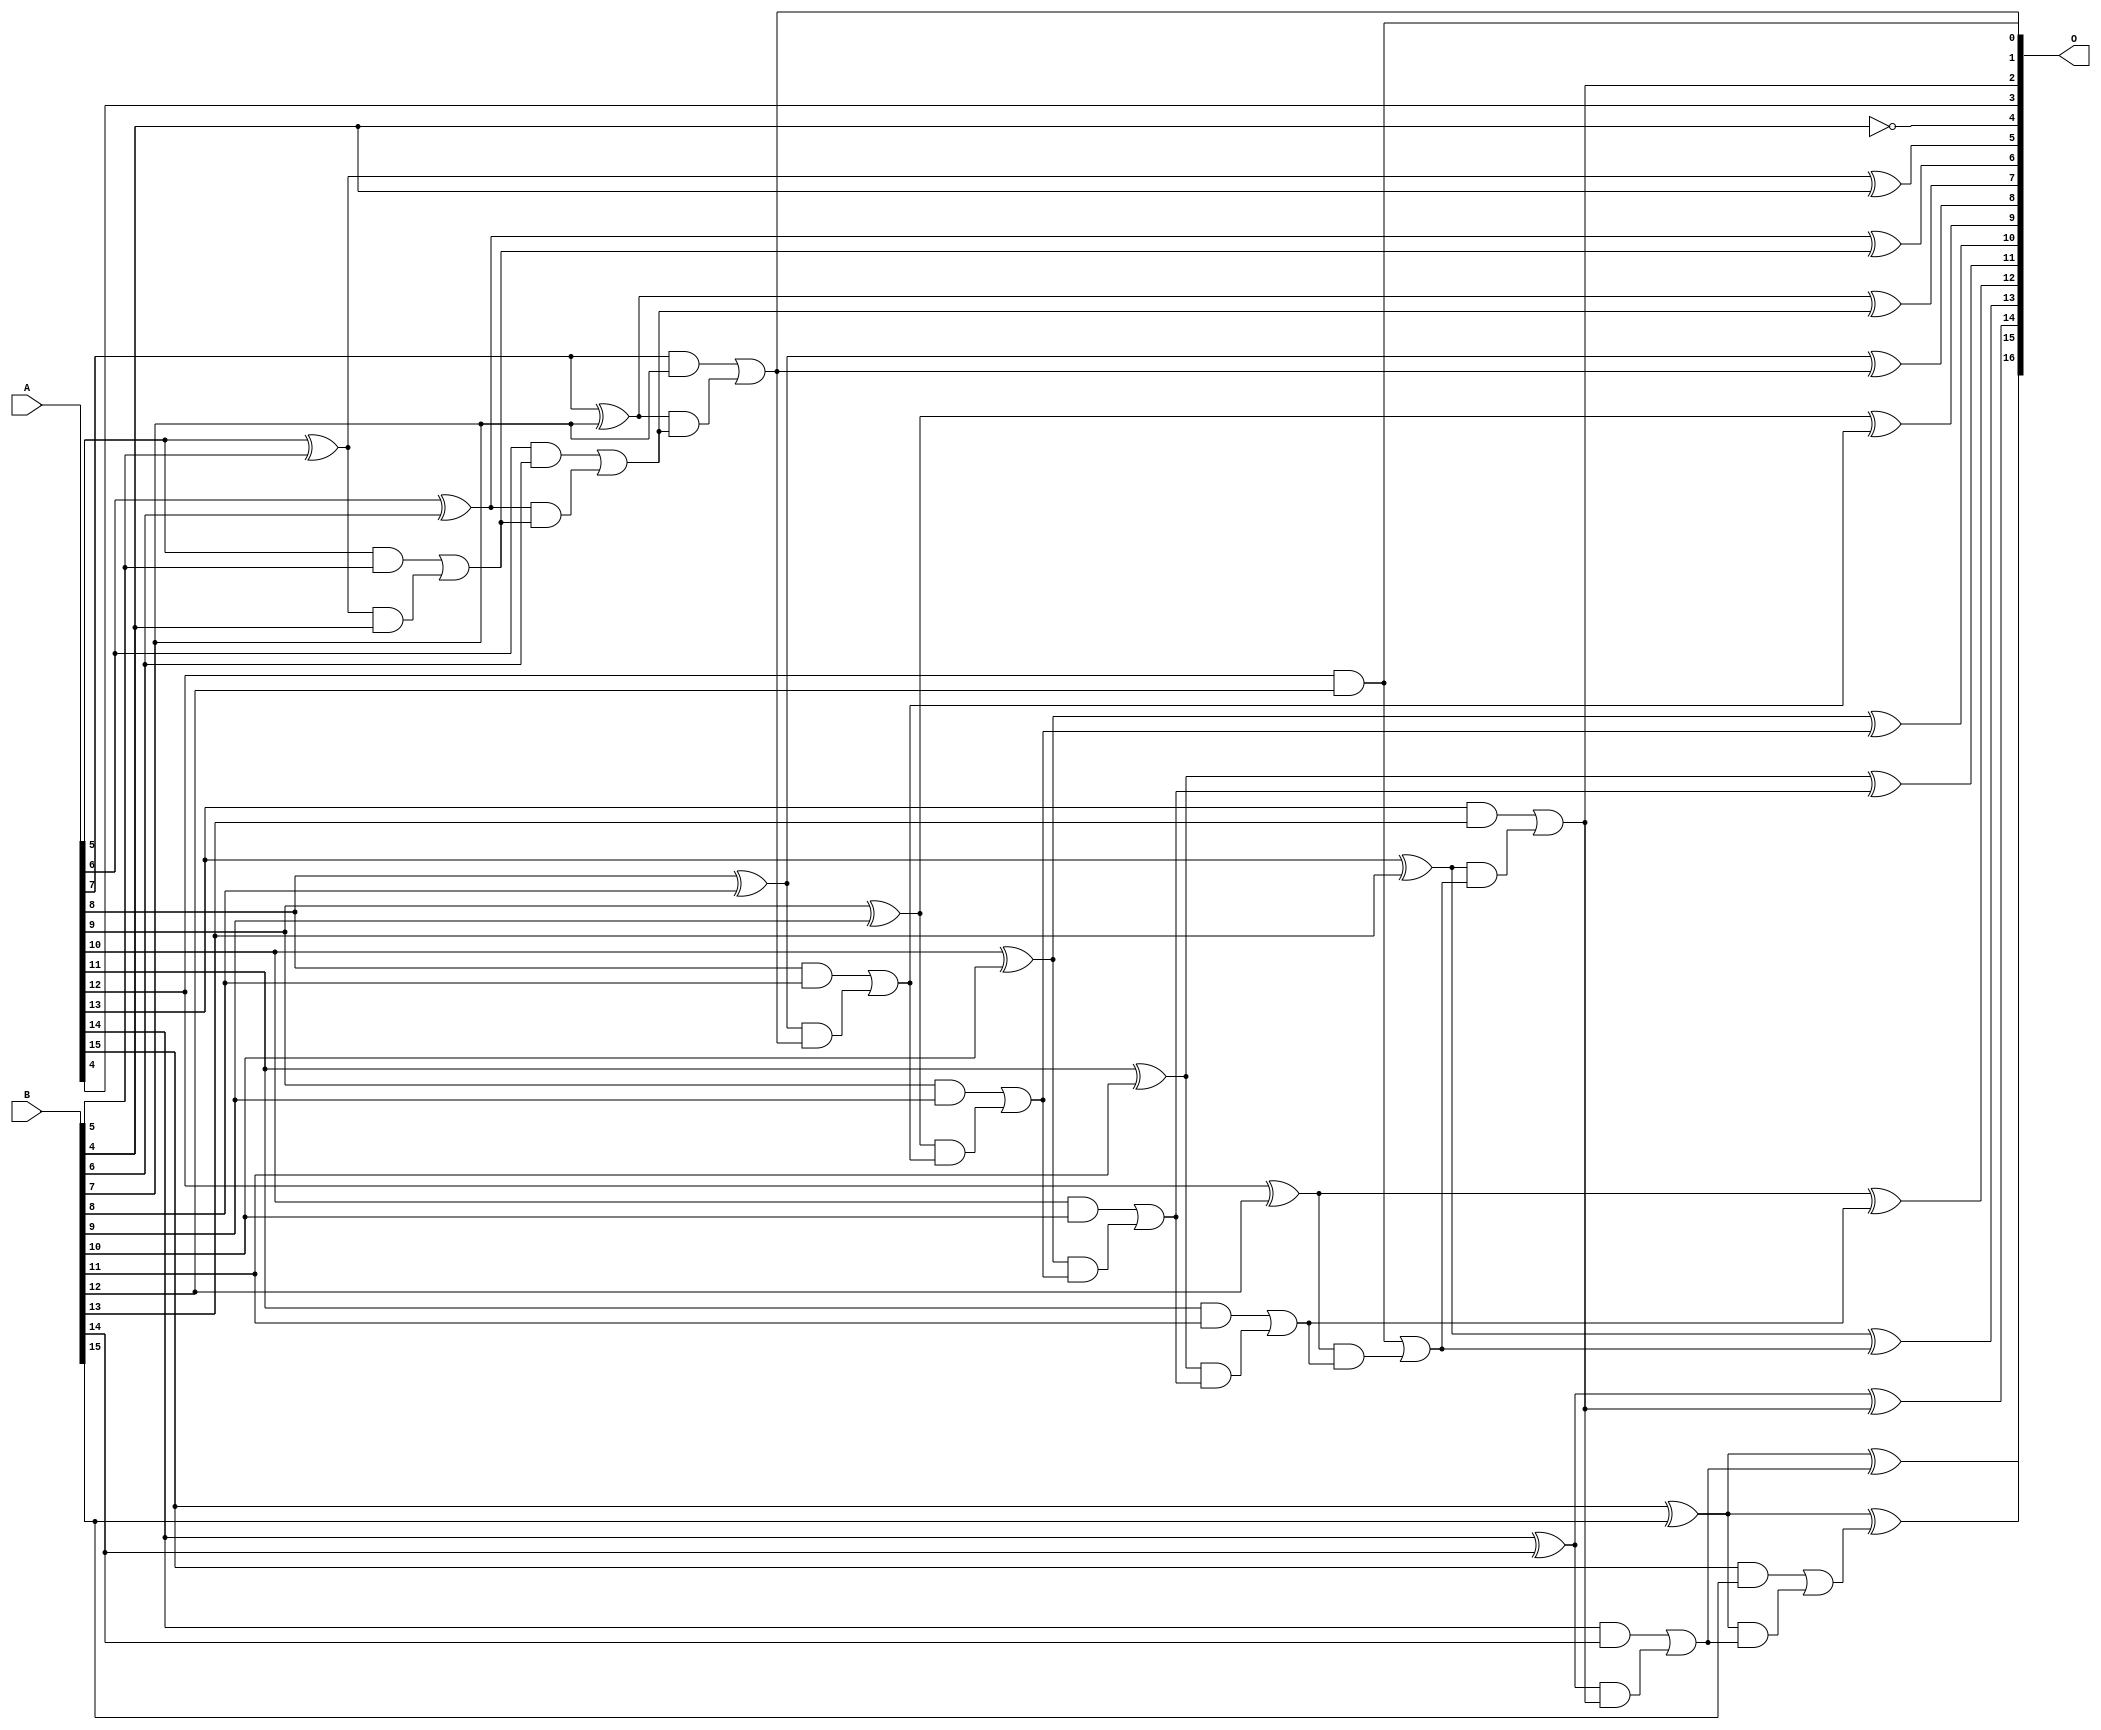
// This program was cloned from: https://github.com/ehw-fit/evoapproxlib
// License: MIT License

/***
* This code is a part of EvoApproxLib library (ehw.fit.vutbr.cz/approxlib) distributed under The MIT License.
* When used, please cite the following article(s): V. Mrazek, L. Sekanina, Z. Vasicek "Libraries of Approximate Circuits: Automated Design and Application in CNN Accelerators" IEEE Journal on Emerging and Selected Topics in Circuits and Systems, Vol 10, No 4, 2020 
* This file contains a circuit from a sub-set of pareto optimal circuits with respect to the pwr and mre parameters
***/
// MAE% = 0.0099 %
// MAE = 6.5 
// WCE% = 0.035 %
// WCE = 23 
// WCRE% = 2100.00 %
// EP% = 95.31 %
// MRE% = 0.22 %
// MSE = 64 
// PDK45_PWR = 0.052 mW
// PDK45_AREA = 106.1 um2
// PDK45_DELAY = 0.92 ns

module add16se_2GE (
    A,
    B,
    O
);

input [15:0] A;
input [15:0] B;
output [16:0] O;

wire sig_52,sig_54,sig_55,sig_56,sig_57,sig_58,sig_59,sig_60,sig_61,sig_62,sig_63,sig_64,sig_65,sig_66,sig_67,sig_68,sig_69,sig_70,sig_71,sig_72;
wire sig_73,sig_74,sig_75,sig_76,sig_77,sig_78,sig_79,sig_80,sig_81,sig_82,sig_83,sig_84,sig_85,sig_86,sig_87,sig_88,sig_89,sig_90,sig_91,sig_92;
wire sig_93,sig_94,sig_95,sig_96,sig_97,sig_98,sig_99,sig_100,sig_101,sig_102,sig_103,sig_104,sig_105,sig_106,sig_107,sig_108,sig_109,sig_110;

assign sig_52 = ~B[4];
assign sig_54 = A[5] ^ B[5];
assign sig_55 = A[5] & B[5];
assign sig_56 = sig_54 & B[4];
assign sig_57 = sig_54 ^ B[4];
assign sig_58 = sig_55 | sig_56;
assign sig_59 = A[6] ^ B[6];
assign sig_60 = A[6] & B[6];
assign sig_61 = sig_59 & sig_58;
assign sig_62 = sig_59 ^ sig_58;
assign sig_63 = sig_60 | sig_61;
assign sig_64 = A[7] ^ B[7];
assign sig_65 = A[7] & B[7];
assign sig_66 = sig_64 & sig_63;
assign sig_67 = sig_64 ^ sig_63;
assign sig_68 = sig_65 | sig_66;
assign sig_69 = A[8] ^ B[8];
assign sig_70 = A[8] & B[8];
assign sig_71 = sig_69 & sig_68;
assign sig_72 = sig_69 ^ sig_68;
assign sig_73 = sig_70 | sig_71;
assign sig_74 = A[9] ^ B[9];
assign sig_75 = A[9] & B[9];
assign sig_76 = sig_74 & sig_73;
assign sig_77 = sig_74 ^ sig_73;
assign sig_78 = sig_75 | sig_76;
assign sig_79 = A[10] ^ B[10];
assign sig_80 = A[10] & B[10];
assign sig_81 = sig_79 & sig_78;
assign sig_82 = sig_79 ^ sig_78;
assign sig_83 = sig_80 | sig_81;
assign sig_84 = A[11] ^ B[11];
assign sig_85 = A[11] & B[11];
assign sig_86 = sig_84 & sig_83;
assign sig_87 = sig_84 ^ sig_83;
assign sig_88 = sig_85 | sig_86;
assign sig_89 = A[12] ^ B[12];
assign sig_90 = A[12] & B[12];
assign sig_91 = sig_89 & sig_88;
assign sig_92 = sig_89 ^ sig_88;
assign sig_93 = sig_90 | sig_91;
assign sig_94 = A[13] ^ B[13];
assign sig_95 = A[13] & B[13];
assign sig_96 = sig_94 & sig_93;
assign sig_97 = sig_94 ^ sig_93;
assign sig_98 = sig_95 | sig_96;
assign sig_99 = A[14] ^ B[14];
assign sig_100 = A[14] & B[14];
assign sig_101 = sig_99 & sig_98;
assign sig_102 = sig_99 ^ sig_98;
assign sig_103 = sig_100 | sig_101;
assign sig_104 = A[15] ^ B[15];
assign sig_105 = A[15] & B[15];
assign sig_106 = sig_104 & sig_103;
assign sig_107 = sig_104 ^ sig_103;
assign sig_108 = sig_105 | sig_106;
assign sig_109 = A[15] ^ B[15];
assign sig_110 = sig_109 ^ sig_108;

assign O[16] = sig_110;
assign O[15] = sig_107;
assign O[14] = sig_102;
assign O[13] = sig_97;
assign O[12] = sig_92;
assign O[11] = sig_87;
assign O[10] = sig_82;
assign O[9] = sig_77;
assign O[8] = sig_72;
assign O[7] = sig_67;
assign O[6] = sig_62;
assign O[5] = sig_57;
assign O[4] = sig_52;
assign O[3] = A[4];
assign O[2] = sig_98;
assign O[1] = sig_90;
assign O[0] = sig_68;

endmodule